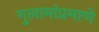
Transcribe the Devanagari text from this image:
गुलामांप्रमाणे